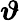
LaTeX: \boldsymbol{\vartheta}